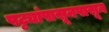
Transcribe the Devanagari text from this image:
पट्ट्यांपासूनपासून